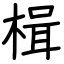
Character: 楫